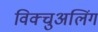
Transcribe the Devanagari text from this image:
विक्चुअलिंग